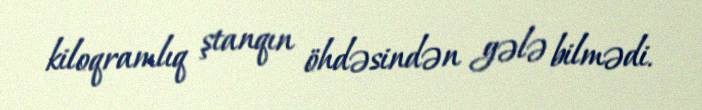
kiloqramlıq ştanqın öhdəsindən gələ bilmədi.